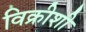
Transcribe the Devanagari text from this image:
विक्रीशी